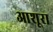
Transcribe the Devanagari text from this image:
आशूरा